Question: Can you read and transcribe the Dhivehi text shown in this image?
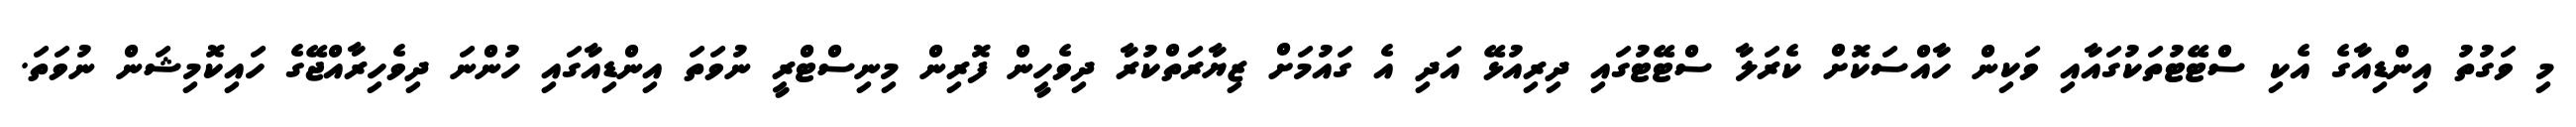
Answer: މި ވަގުތު އިންޑިއާގެ އެކި ސްޓޭޓުތަކުގައާއި ވަކިން ހާއްސަކޮށް ކެރަލާ ސްޓޭޓުގައި ދިރިއުޅޭ އަދި އެ ގައުމަށް ޒިޔާރަތްކުރާ ދިވެހީން ފޮރިން މިނިސްޓްރީ ނުވަތަ އިންޑިއާގައި ހުންނަ ދިވެހިރާއްޖޭގެ ހައިކޮމިޝަން ނުވަތަ.